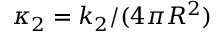
\kappa _ { 2 } = k _ { 2 } / ( 4 \pi R ^ { 2 } )